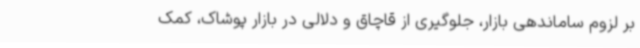
بر لزوم ساماندهی بازار، جلوگیری از قاچاق و دلالی در بازار پوشاک، کمک